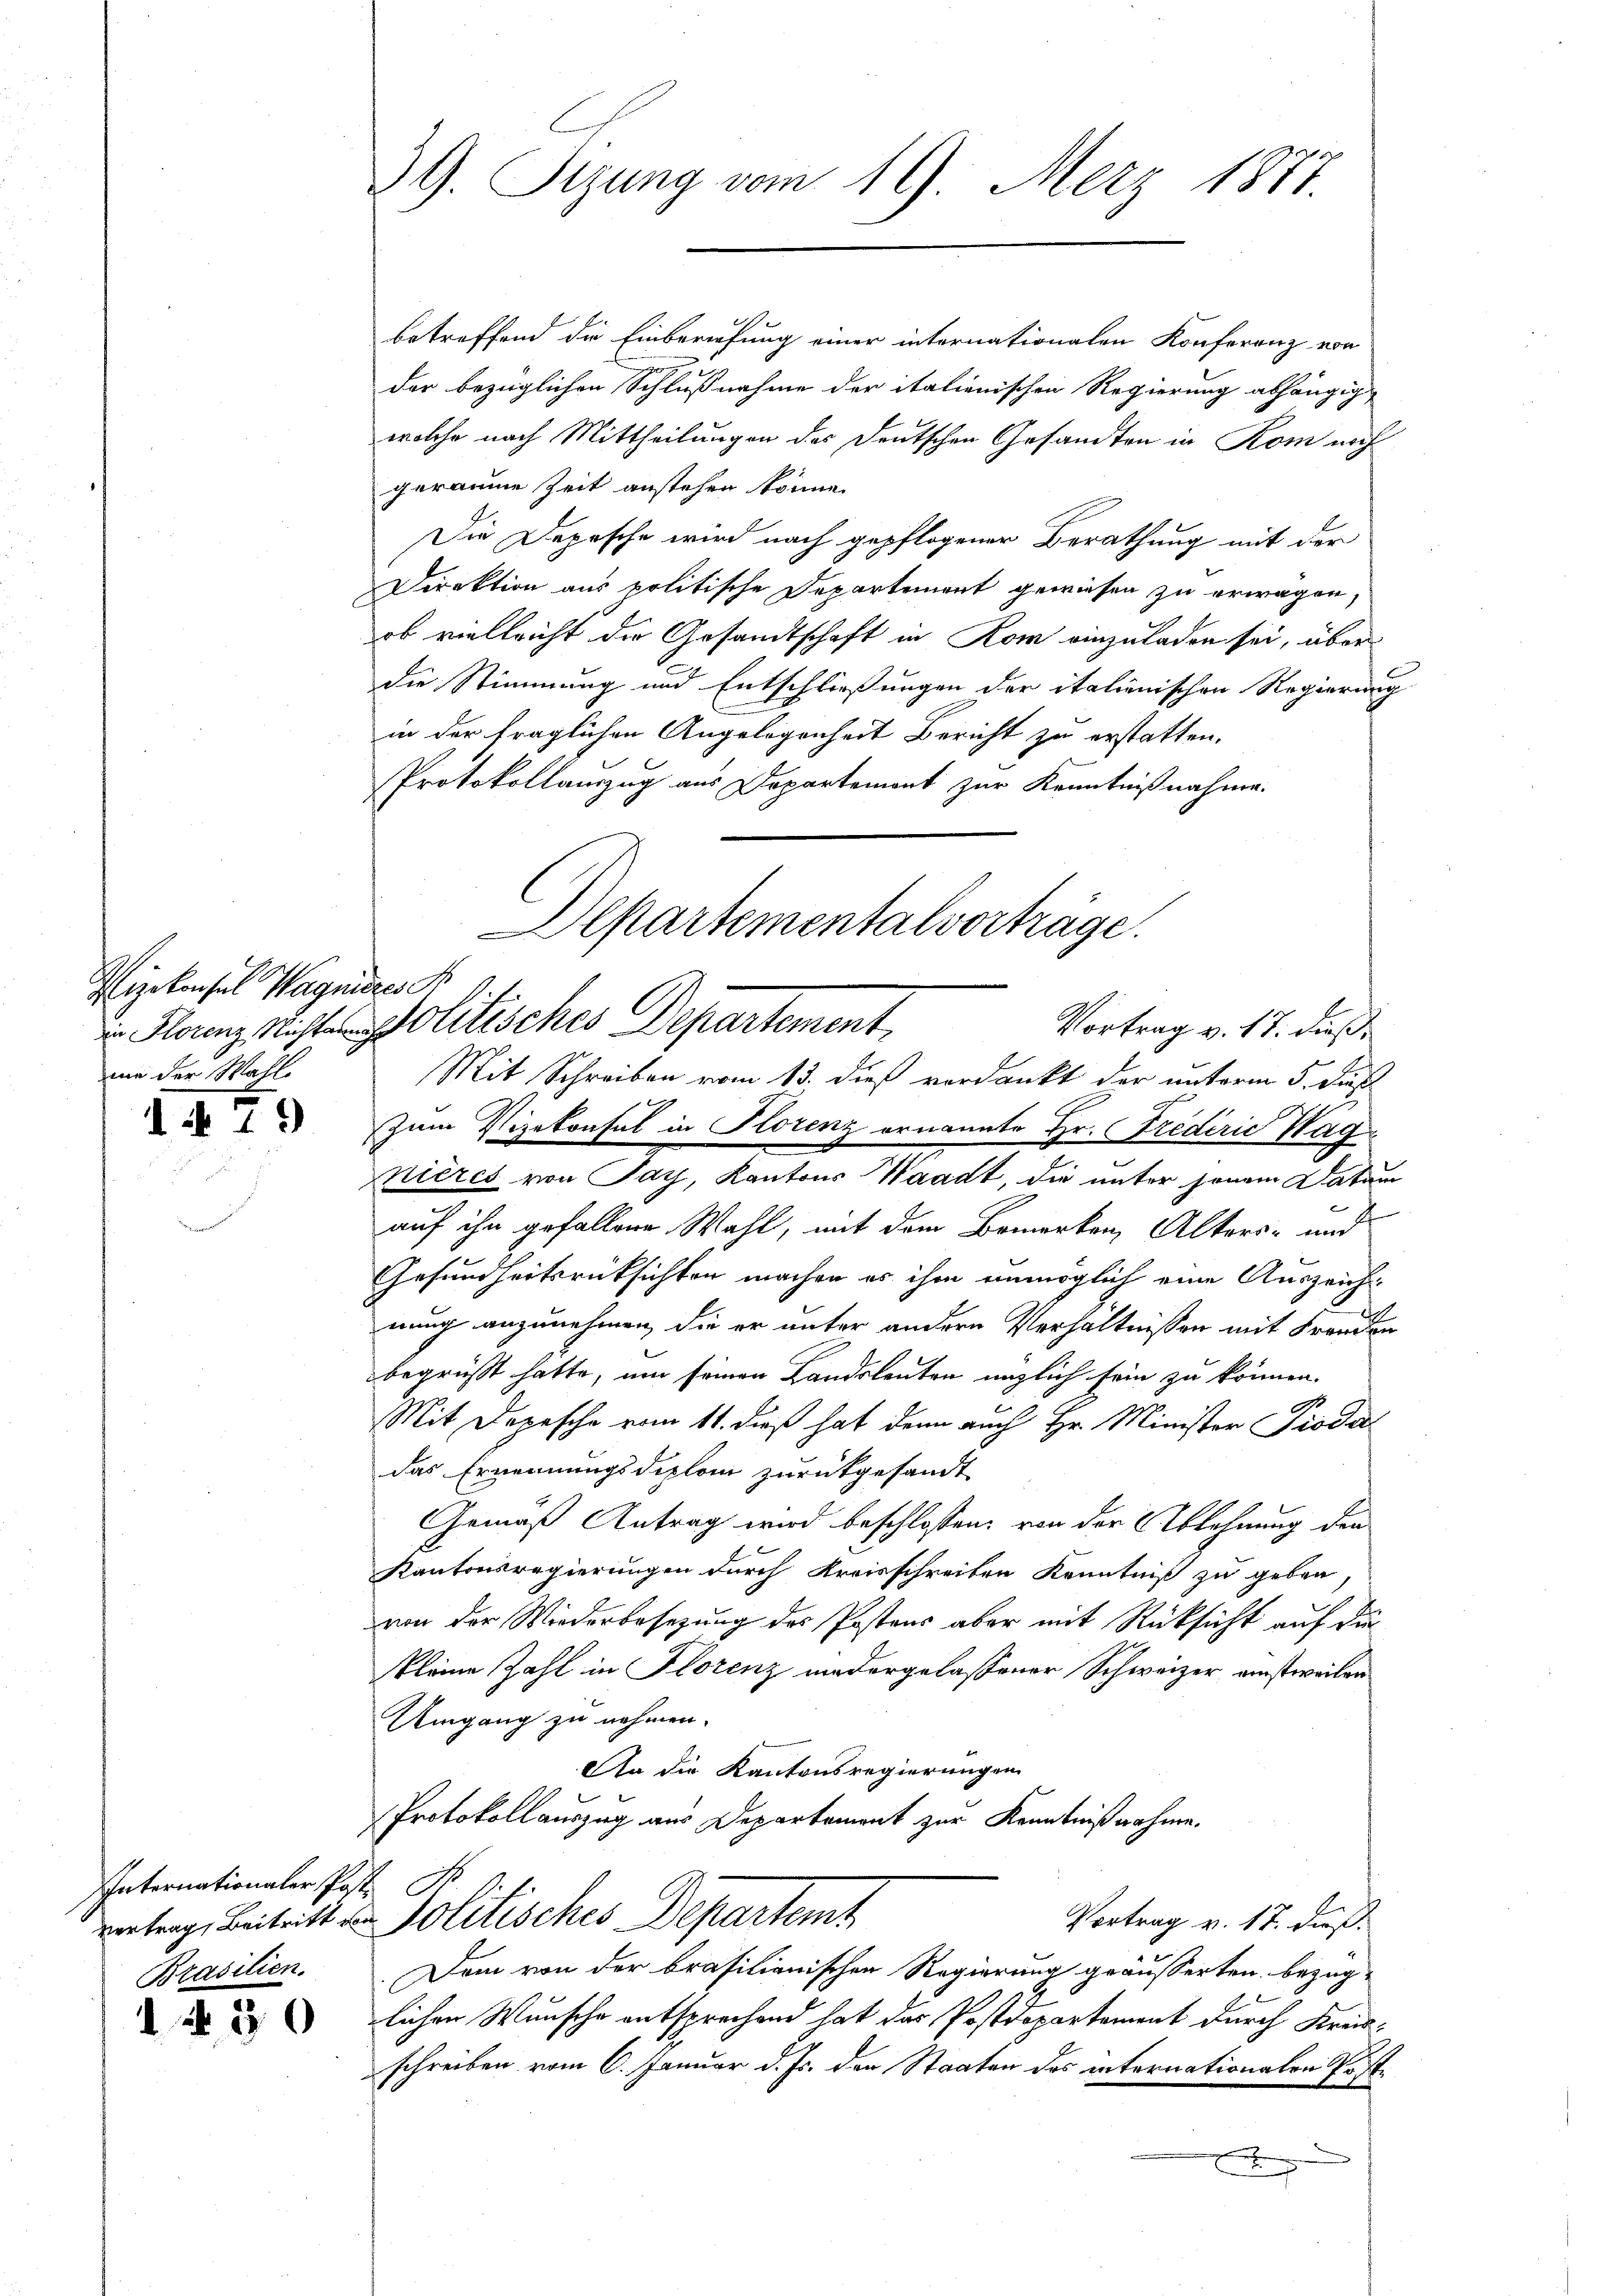
Vizekonsul Wagnie
an Florenz Nichtanen
uin der Wahl

1479

Internationaler Post. S
Brasilien.

130

39. Sizung vom 16. Merz 1877

betreffend die Einberufung einer internationalen Konferenz von
der bezüglichen Schlußnahme der italienischen Regierung abhängig
wolche nach Mittheilungen des Deutschen Gesandten in Kom nach
geraume Zeit anstehen könne.
Die Depesche wird nach gepflogener Berathung mit der
Direktion aus politische Departement gewiesen zu erwagen,
ob vielleicht die Gesandtschaft in Rom einzuladen sei, über
die Stimmung und Entschließungen der italienischen Regierung
in der fraglichen Angelegenheit Bericht zu erstatten.
Protokollauszug aus Departemont zur Kenntnißnahme.
e
Mit Schreiben vom 13. dieß verdankt der unterm 5. Fuß
Zum Vizekonsul in Florenz ernannte Hr. Frederić Wag
Nières von Pay, Kantons Waadt, die unter jenem Daten
auf ihn gefallene Wahl, mit dem Bemerken, Alters- und
Gesundheitsrücksichten machen es ihm unmöglich eine Auszeichnung anzunehmen, die er unter andern Verhältnissen mit Freuden
begrüßt hatte, um seinen Landsleuten unzlich sein zu können.
u
.
Mit Depesche vom 11. dieß hat denn auch Hr. Minister Pioda
das Ernennungsdiplom zurückgesandt
Gemäß Antrag wird beschlossen, von der Ablehnung den
Kantonsregierungen durch Kreisschreiben Kenntniß zu geben
von der Wiederbesetzung des Postens aber mit Rücksicht auf die
kleine Zahl in Florenz niedergelassener Schweizer einstweilen
Umgang zu nehmen.
An die Kantonsregierungen
Protokollauszug aus Departement zur Kenntniß nahme.
vortrag, Beitritt von Politisches Departemt
Vortrag v. 17. dieß.
Dem von der brasilianischen Regierung geäusserten bezüg-
lichen Wunsche entsprechend hat das Postdepartement durch Kreisschreiben vom 6. Januar d. Js. den Staaten des internationalen Poste
x

Departementalvorträge.
Politisches Departement,
Vortrag v. 17. dieß,